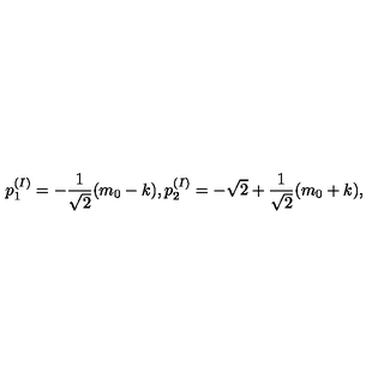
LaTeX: p _ { 1 } ^ { ( I ) } = - \frac { 1 } { \sqrt { 2 } } ( m _ { 0 } - k ) , p _ { 2 } ^ { ( I ) } = - \sqrt { 2 } + \frac { 1 } { \sqrt { 2 } } ( m _ { 0 } + k ) ,